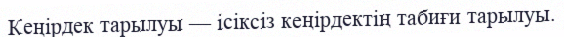
Кеңірдек тарылуы — ісіксіз кеңірдектің табиғи тарылуы.